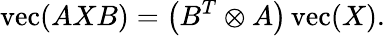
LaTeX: \operatorname{vec}(AXB)=\left(B^{T}\otimes A\right)\operatorname{vec}(X).